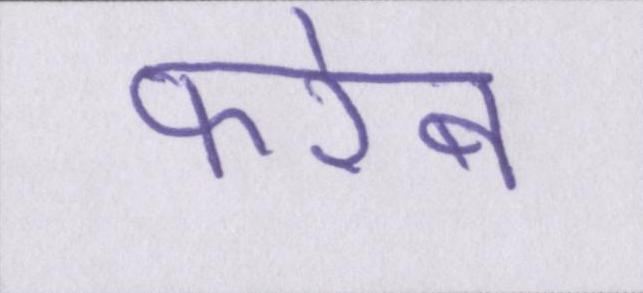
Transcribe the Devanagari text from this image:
फरेब